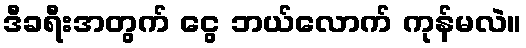
ဒီခရီးအတွက် ငွေ ဘယ်လောက် ကုန်မလဲ။